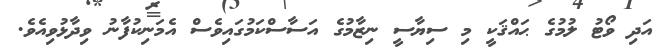
އަދި ވޯޓު ލުމުގެ ޙައްޤަކީ މި ސިޔާސީ ނިޒާމުގެ އަސާސްކަމުގައިވެސް އެމަނިކުފާނު ވިދާޅުވިއެވެ.